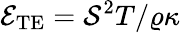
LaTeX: \mathcal{E}_{\mathrm{TE}}={{{\mathcal{S}}^{2}T}/{\varrho\kappa}}